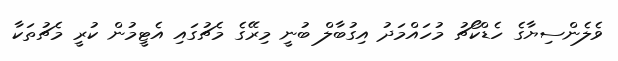
ވެލެންސިޔާގެ ހެޑްކޯޗު މުހައްމަދު އިގުބާލް ބުނީ މިރޭގެ މެޗުގައި އެޓީމުން ކުރީ މެޗުތަކާ